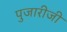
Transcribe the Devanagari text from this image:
पुजारीजी